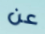
عن